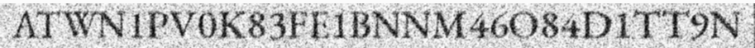
ATWN1PV0K83FE1BNNM46O84D1TT9N